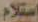
استلام